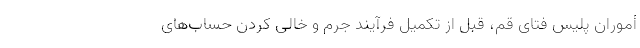
أموران پلیس فتای قم، قبل از تکمیل فرآیند جرم و خالی کردن حساب‌های